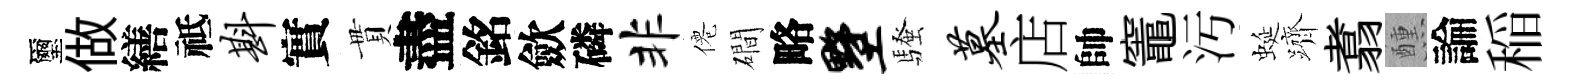
璽做繕祗斟實貫盡銘歛磷非僊磵略墅騷墓店帥竈汚蜒躋翥醺論稲